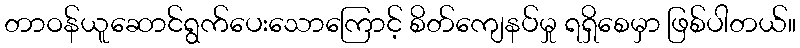
တာဝန်ယူဆောင်ရွက်ပေးသောကြောင့် စိတ်ကျေနပ်မှု ရရှိစေမှာ ဖြစ်ပါတယ်။